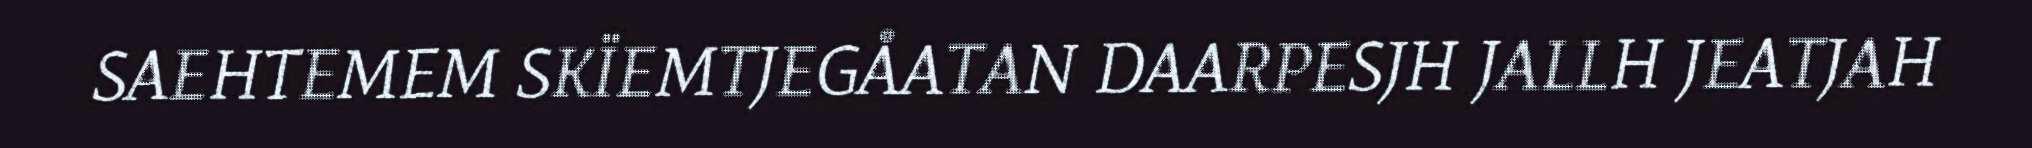
SAEHTEMEM SKÏEMTJEGÅATAN DAARPESJH JALLH JEATJAH